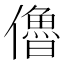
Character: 𠐔